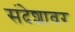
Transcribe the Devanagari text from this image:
संदेशावर